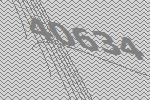
40634